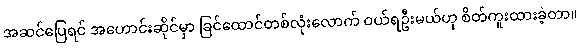
အဆင်ပြေရင် အဟောင်းဆိုင်မှာ ခြင်ထောင်တစ်လုံးလောက် ဝယ်ရဦးမယ်ဟု စိတ်ကူးထားခဲ့တာ။